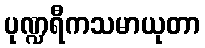
ပုဏ္ဍရီကသမာယုတာ